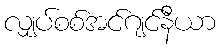
လျှပ်စစ်အင်ဂျင်နီယာ